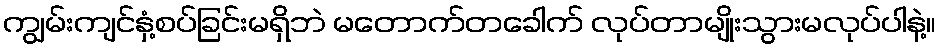
ကျွမ်းကျင်နှံ့စပ်ခြင်းမရှိဘဲ မတောက်တခေါက် လုပ်တာမျိုးသွားမလုပ်ပါနဲ့။